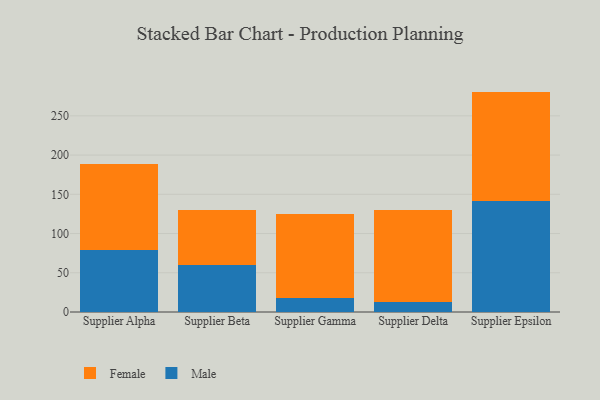
{"axis": {"x": "Supplier", "y": "Production Output"}, "legend": ["Female", "Male"], "data": [{"x": "Supplier Alpha", "y": 79.3, "type": "Male"}, {"x": "Supplier Alpha", "y": 109.5, "type": "Female"}, {"x": "Supplier Beta", "y": 59.9, "type": "Male"}, {"x": "Supplier Beta", "y": 70.3, "type": "Female"}, {"x": "Supplier Gamma", "y": 18.2, "type": "Male"}, {"x": "Supplier Gamma", "y": 107.2, "type": "Female"}, {"x": "Supplier Delta", "y": 13.0, "type": "Male"}, {"x": "Supplier Delta", "y": 116.9, "type": "Female"}, {"x": "Supplier Epsilon", "y": 142.0, "type": "Male"}, {"x": "Supplier Epsilon", "y": 138.9, "type": "Female"}]}